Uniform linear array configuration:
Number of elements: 4
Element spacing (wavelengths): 1
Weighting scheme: binomial
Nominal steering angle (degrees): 60
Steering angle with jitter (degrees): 60.457
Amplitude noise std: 0.05
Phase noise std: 0.05

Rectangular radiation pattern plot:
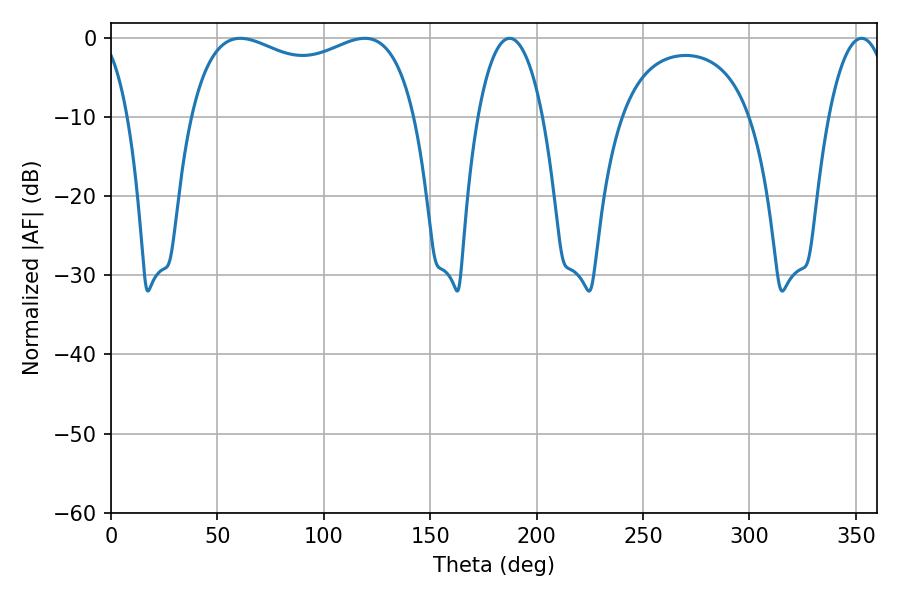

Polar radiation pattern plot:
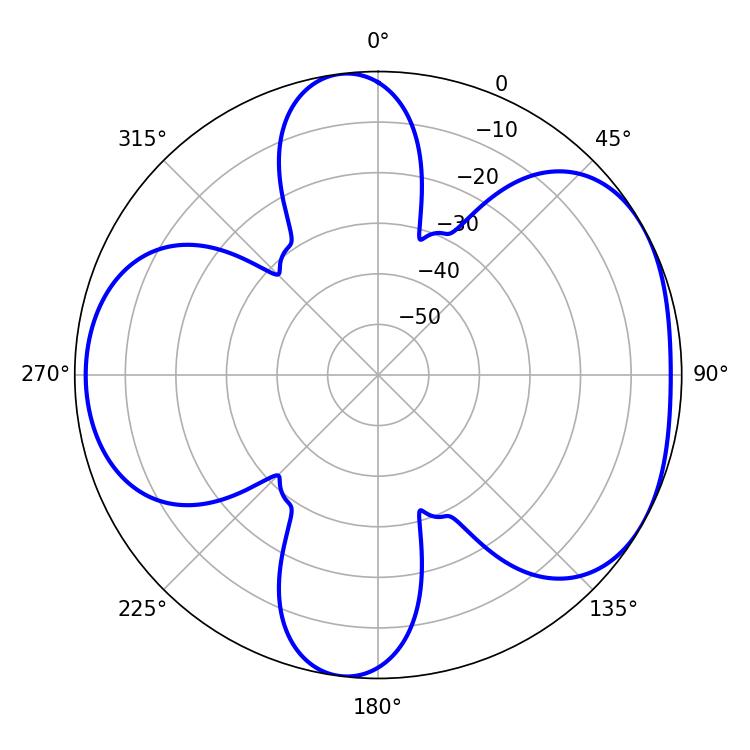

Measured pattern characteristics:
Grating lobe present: TRUE
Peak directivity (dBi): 4.887
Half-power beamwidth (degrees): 87.12
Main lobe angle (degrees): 60.84